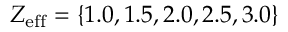
Z _ { \mathrm { e f f } } = \left\{ 1 . 0 , 1 . 5 , 2 . 0 , 2 . 5 , 3 . 0 \right\}